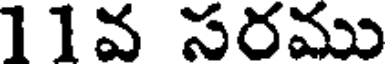
11వ సరము